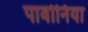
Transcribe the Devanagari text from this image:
पावोनिया